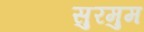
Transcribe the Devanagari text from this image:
सुरमुम